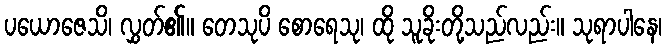
ပယောဇေသိ၊ လွှတ်၏။ တေသုပိ စောရေသု၊ ထို သူခိုးတို့သည်လည်း။ သုရာပါနေ၊